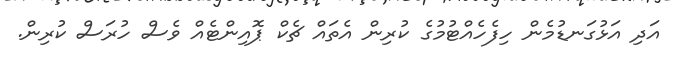
އަދި އަޅުގަނޑުމެން ހިފެހެއްޓުމުގެ ކުރިން އެތައް ޗެކް ޕޮއިންޓެއް ވެސް ހުރަސް ކުރިން.